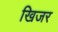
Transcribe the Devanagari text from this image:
खिजर